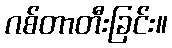
ဂစ်တာတီးခြင်း။